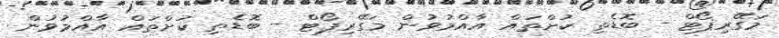
މަގޭރިޕޯޓް - ބޮޑެތި ކުށްތައް އާއްމުވުން މަގޭރިޕޯޓް - ބޮޑެތި ކުށްތައް އާއްމުވުން